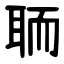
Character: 聏